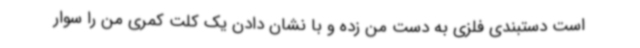
است دستبندی فلزی به دست من زده و با نشان دادن یک کلت کمری من را سوار